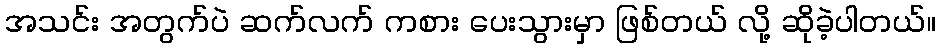
အသင်း အတွက်ပဲ ဆက်လက် ကစား ပေးသွားမှာ ဖြစ်တယ် လို့ ဆိုခဲ့ပါတယ်။